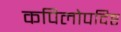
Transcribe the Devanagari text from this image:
कपिलोपदिष्ट